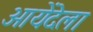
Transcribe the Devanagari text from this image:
आयेंदेला